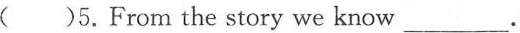
( )5.From the story we know__.